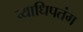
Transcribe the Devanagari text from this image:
व्याधिपतंग